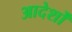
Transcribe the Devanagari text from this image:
आदेर्शों